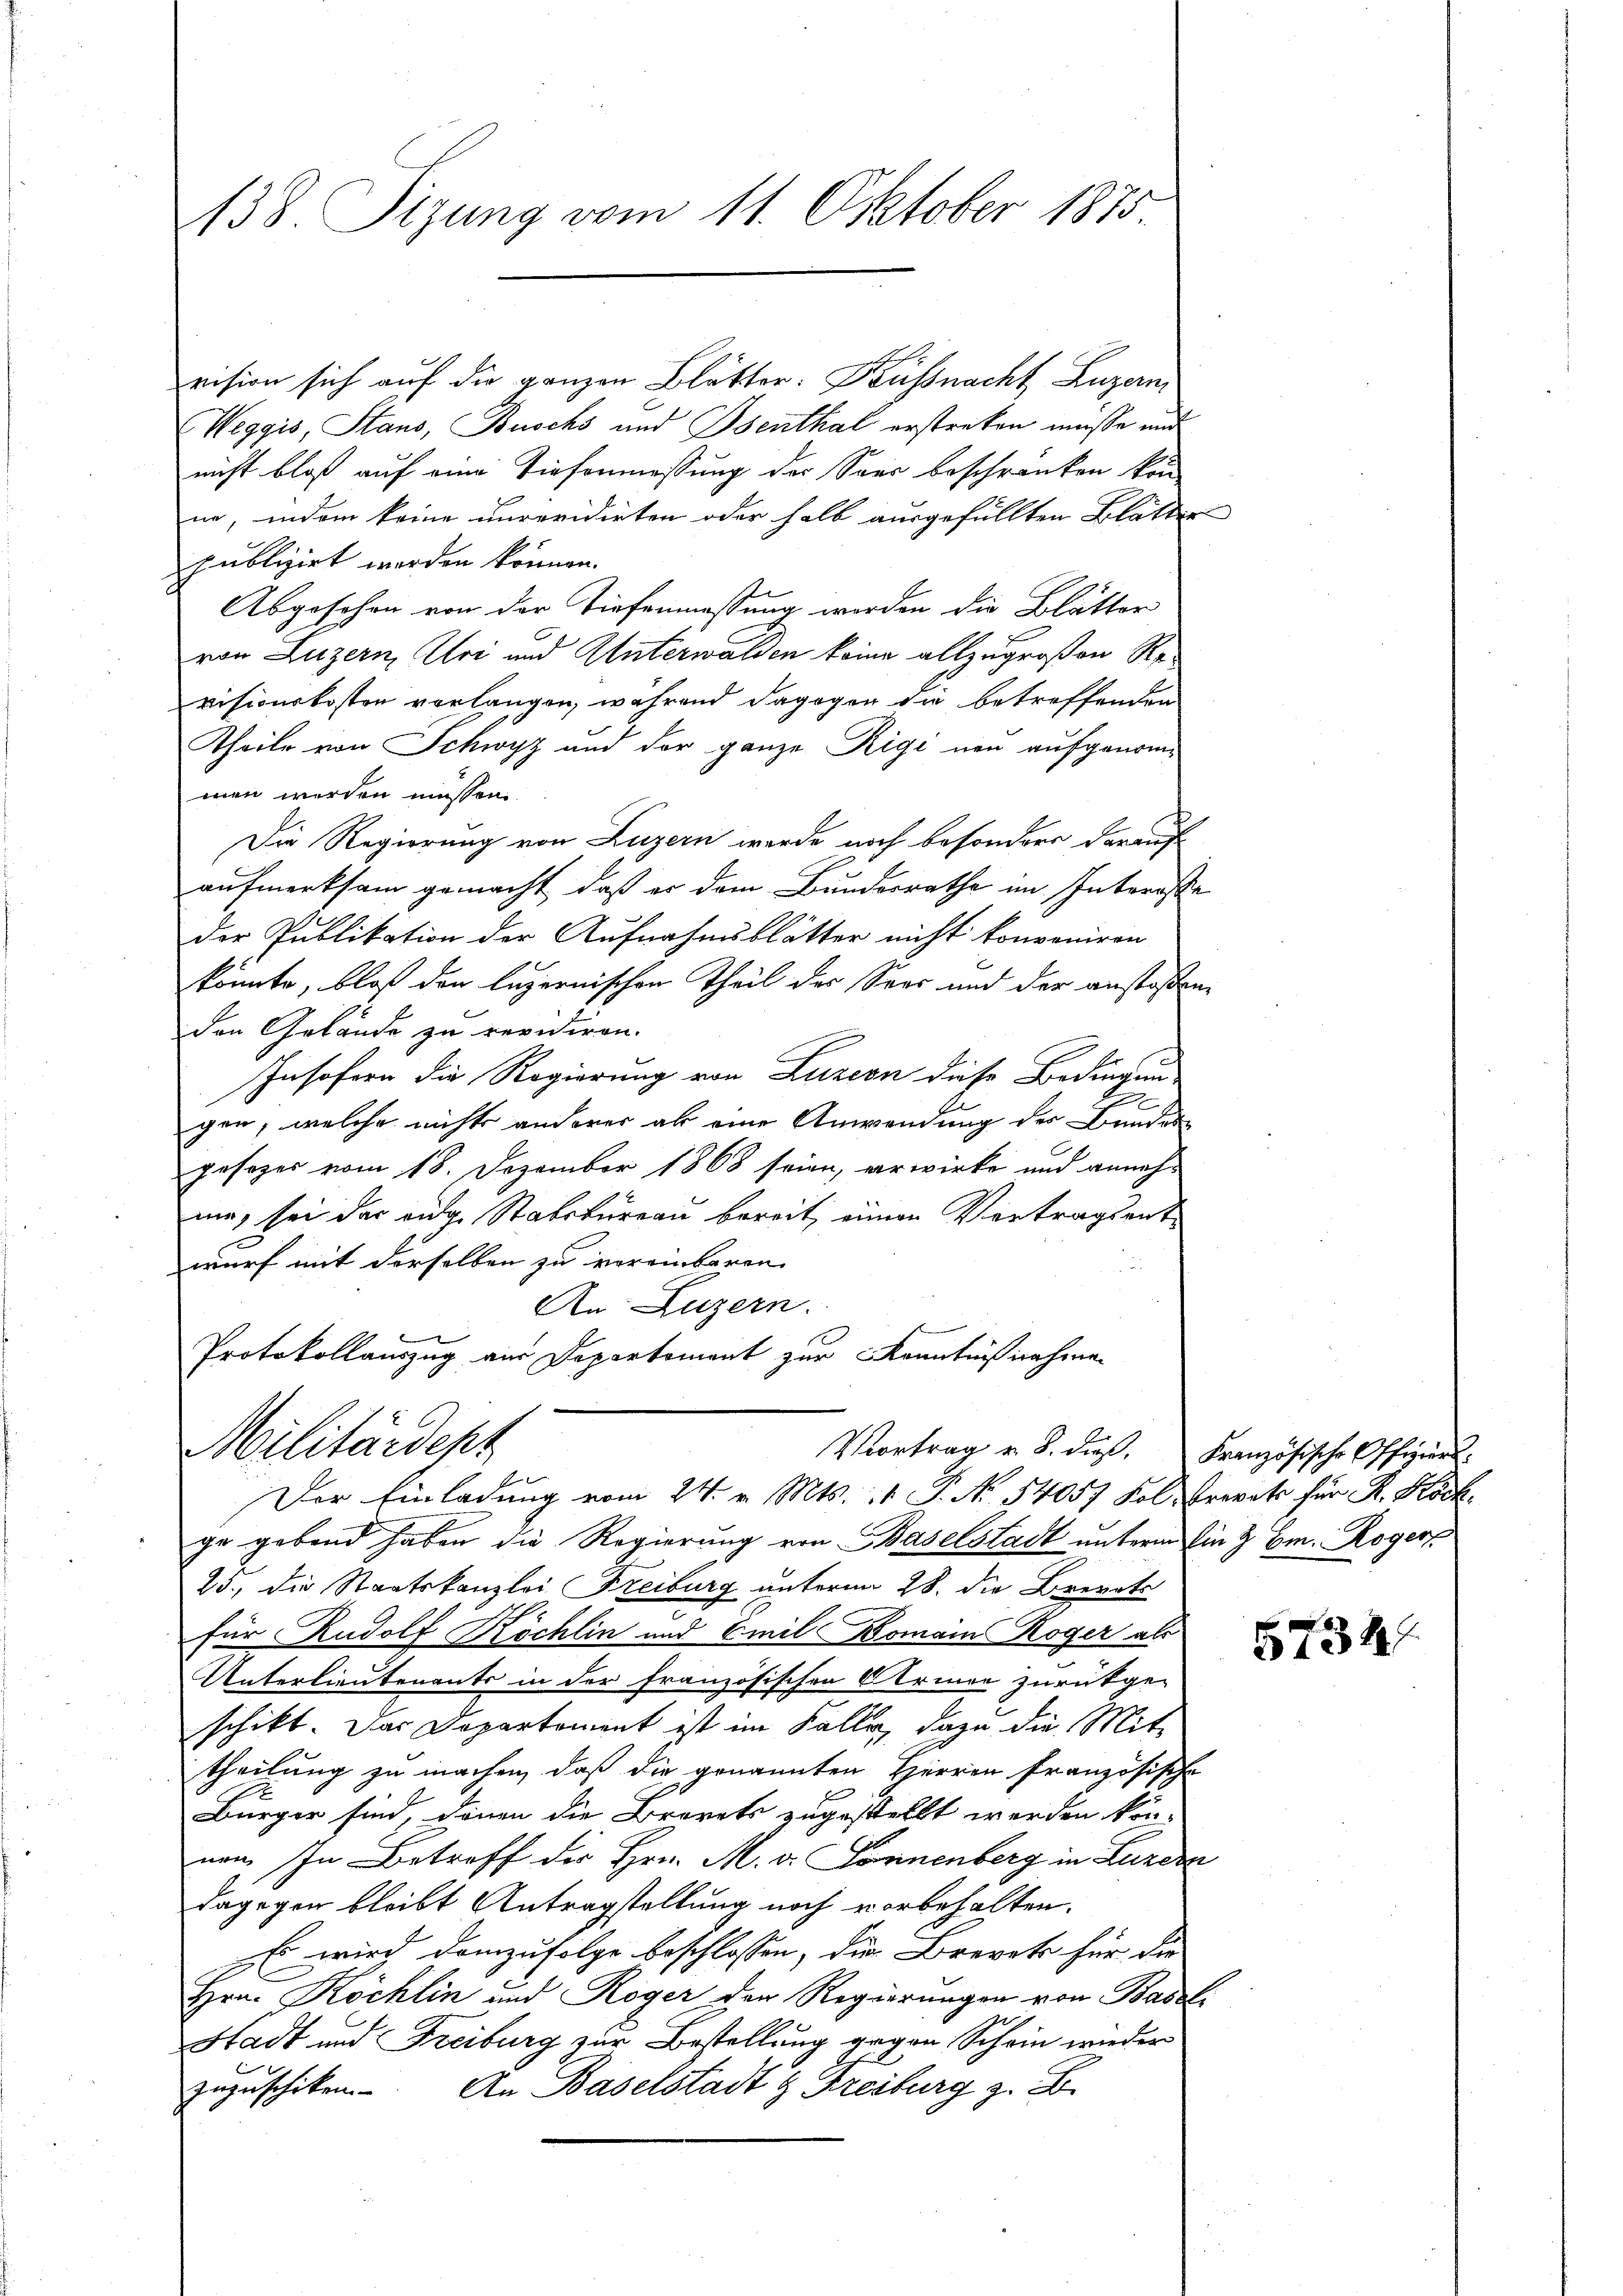
138. Sizung vom 11. Oktober 1875

vision sich auf die ganzen Blätter. Kussnacht Luzern
Weggis, Stand, Buschs und Psenthal erstreken müße und
nicht bloß auf eine Tiefenmessung der Sees beschränken kön-
ne, indem keine unrevidirten oder halb ausgefüllten Blätter
publizirt worden können.
Abgesehen von der Tiefenmassung worden die Blätter
von Luzern, Uri und Unterwalden keine allzugroßen Re
visionskosten verlangen, während dagegen die betreffenden
Theile von Schwyz und der ganze Rigi neu aufgenommen werden müssen.
Die Regierung von Luzern werde noch besonders darauf
aufmerksam gemacht, daß er dem Bundesrathe im Interesse
der Publikation der Aufnahmsblätter nicht konveniren
könnte, bloß den luzernischen Theil der Sees und der anstoßenden Gelände zu revidiren.
Insofern die Regierung von Luzern diese Bedingung
gen, welche nichts anderer ab eine Anwendung der Bunden
gesezes vom 18. Dezember 1868 seien, verwirke und annehme, sei der auge Stabsbureau bereit, einen Vertragsentwurf mit derselben zu vereinbaren
An Luzern.
Protokollauszug aus Departement zur Kenntnißnahmen

Militärdept
Vortrag u. S. dies. Französische Offiziert:
Der Einladung vom 24. v. Mts. 1 S. No 54057 Fol. Frevets für R. Höch¬

ge gebend haben die Regierung von Baselstadt unterm in 3 Em. Roger
25. die Staatskanzlei Freiburg unterm 28. die Brevets
für Rudolf Köchlin und Emil Domain Roger als
Unterlieutenants in der französischen Armee zurückge-
schikt. Das Departement ist im Falle, dazu die Mit-
theilung zu machen, daß die genannten Herren französische
Bürger sind, denen die Brevets zugestellt werden kön-
nen. In Betreff der Hrn. M. v. Sonnenberg in Luzern
dagegen bleibt Antragstellung noch vorbehalten.
Es wird demzufolge beschlossen, die Brevet für die
Hrn. Köchlin und Röger der Regierungen von Baseli
Stadt und Freiburg zur Bestellung gegen Schein wieder
zuzuschiken. An Baselstadt & Freiburg z. B.

6734